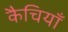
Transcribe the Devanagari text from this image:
कैचियाँ